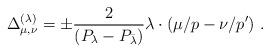
LaTeX: \begin{align*}\Delta_{\mu,\nu}^{(\lambda)}=\pm\frac{2}{(P_{\lambda}-P_{\bar{\lambda}})}\lambda\cdot(\mu/p-\nu/p')\ .\end{align*}